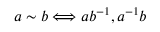
a \sim b \Longleftrightarrow a b ^ { - 1 } , a ^ { - 1 } b